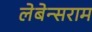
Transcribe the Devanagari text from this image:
लेबेन्सराम